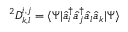
^ { 2 } D _ { k , l } ^ { i , j } = \langle \Psi | { \hat { a } } _ { i } ^ { \dagger } { \hat { a } } _ { j } ^ { \dagger } { \hat { a } } _ { l } { \hat { a } } _ { k } | \Psi \rangle